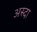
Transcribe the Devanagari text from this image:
अस्दा